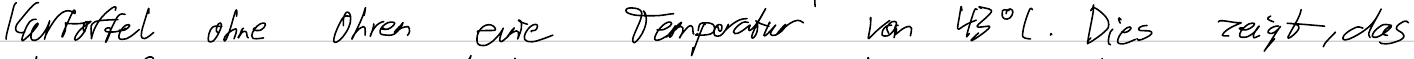
Kartoffel ohne Ohren eine Temperatur von 43°C. Dies zeigt, das